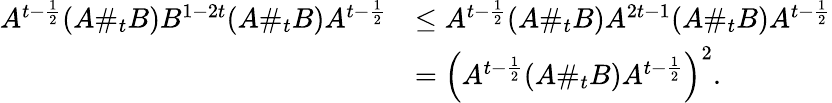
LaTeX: \begin{array}{rl}{A^{t-\frac{1}{2}}(A\# _{t}B)B^{1-2t}(A\# _{t}B)A^{t-\frac{1}{2}}}&{\leq A^{t-\frac{1}{2}}(A\# _{t}B)A^{2t-1}(A\# _{t}B)A^{t-\frac{1}{2}}}\\ &{=\left(A^{t-\frac{1}{2}}(A\# _{t}B)A^{t-\frac{1}{2}}\right)^{2}.}\end{array}